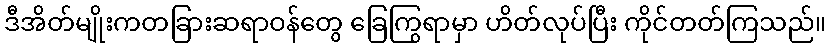
ဒီအိတ်မျိုးကတခြားဆရာဝန်တွေ ခြေကြွရာမှာ ဟိတ်လုပ်ပြီး ကိုင်တတ်ကြသည်။